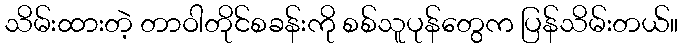
သိမ်းထားတဲ့ တာဝါတိုင်စခန်းကို စစ်သူပုန်တွေက ပြန်သိမ်းတယ်။